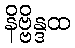
နိဗ္ဗိန္ဒထ